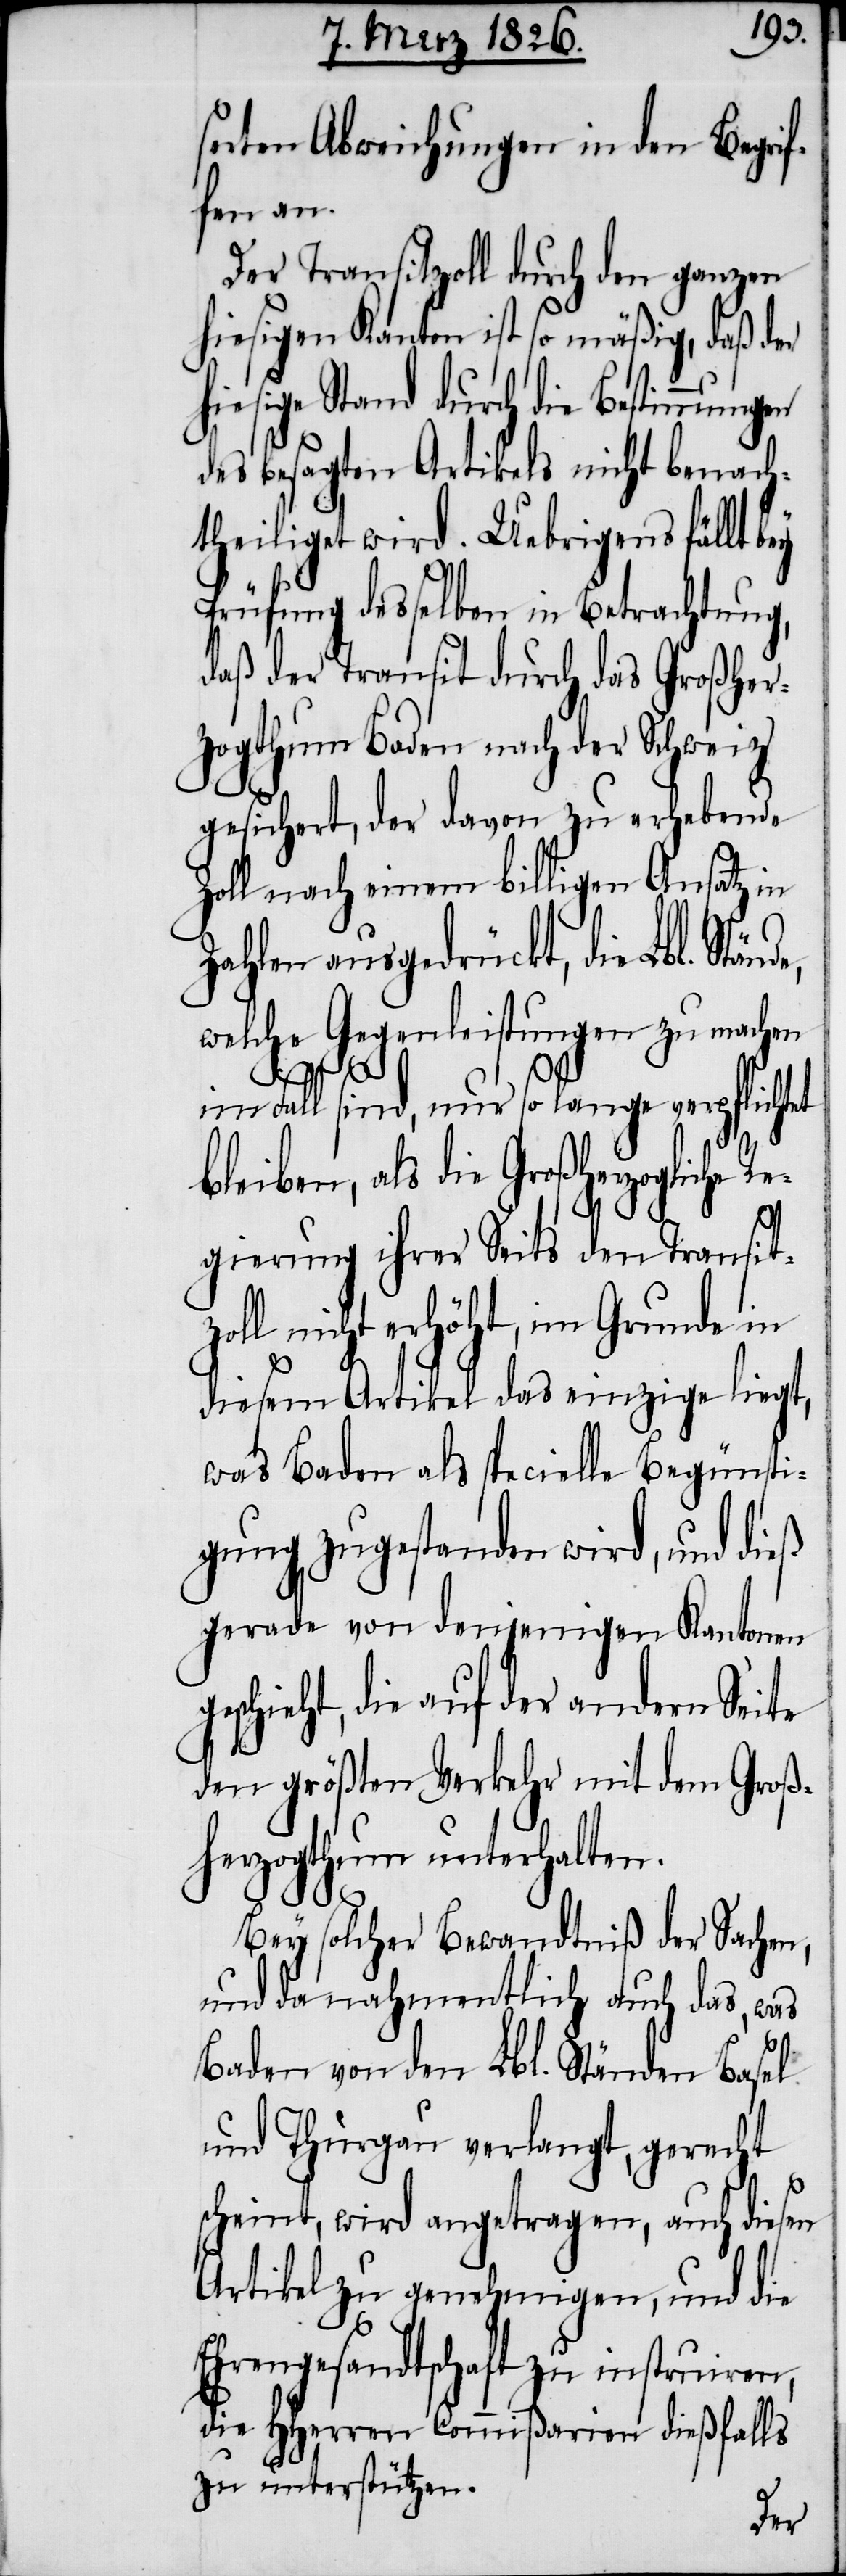
serten Abweichungen in den Begrif¬
fen an.
Der Transitzoll durch den ganzen
hiesigen Kanton ist so mäßig, daß der
hiesige Stand durch die Bestimmungen
des besagten Artikels nicht benach¬
theiliget wird. Uebrigens fällt
Prüfung desselben in Betrachtung,
daß der Transit durch das Großherz¬
ogthum Baden nach der Schweiz
gesichert, der davon zu erhebende
Zoll nach einem billigen Ansatz in
Zahlen ausgedrückt, die Lbl. Stä¬
welche Gegenleistungen zu machen
ge¬
im Fall sind, nur so lange verpflichtet
leiben, als die Großherzogliche
Regierung ihrer Seits den Transit¬
zoll nicht erhöht, im Grunde in
diesem Artikel das einzige liegt,
was Baden als specielle Begünsti¬
gung zugestanden wird, und dieß
gerade von denjenigen Kantonen
schieht, die auf der andern Seite
den größten Verkehr mit dem Groß¬
herzogthum unterhalten.
Bey solcher Bewandtniß der Sachen,
und da nahmentlich auch das, was
b¬
Baden von den Lbl. Ständen Basel
und Thurgau verlangt, gerecht
scheint, wird angetragen, auch diesen
Artikel zu genehmigen, und die
Ehrengesandtschaft zu instruiren,
die HHerren Commißarien dießfalls
zu unterstützen.